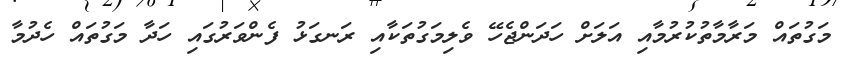
މަގުތައް މަރާމާތުކުރުމާއި އަލަށް ހަދަންޖެހޭ ވެލިމަގުތަކާއި ރަނގަޅު ފެންވަރުގައި ހަދާ މަގުތައް ހެދުމާ